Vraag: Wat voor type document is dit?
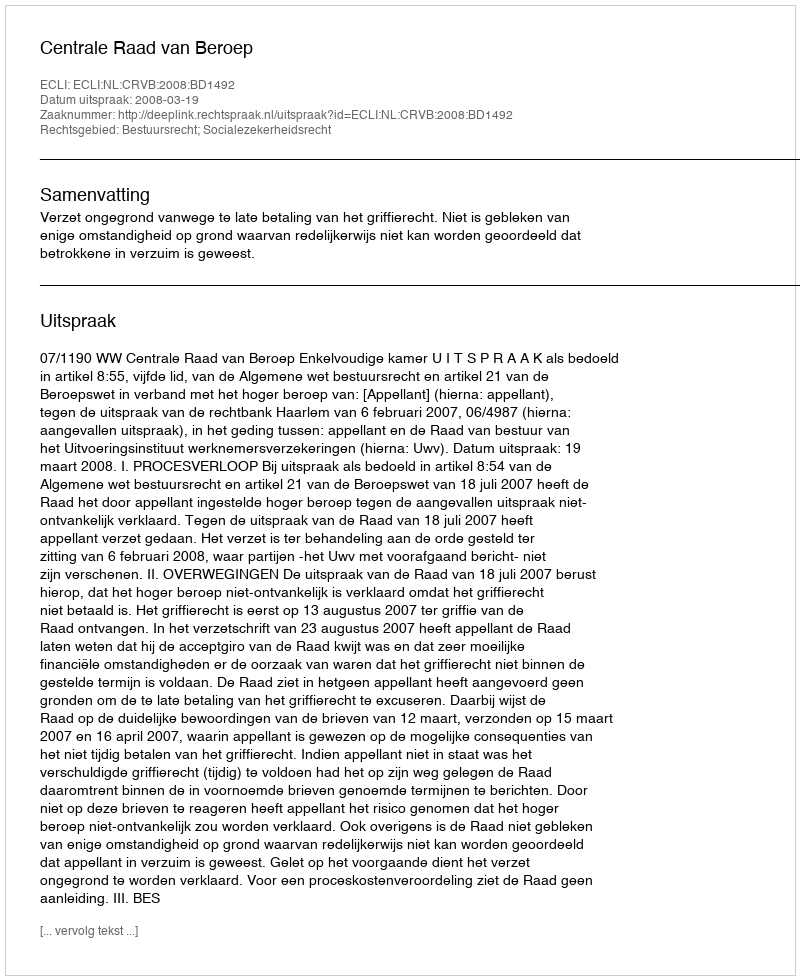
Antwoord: Uitspraak